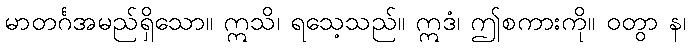
မာတင်္ဂအမည်ရှိသော။ ဣသိ၊ ရသေ့သည်။ ဣဒံ၊ ဤစကားကို။ ဝတွာ န၊